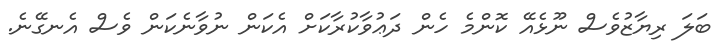
ބަލަ ރިޔާޒުވެސް ނޫޅެއޭ ކޮންމެ ހެން ދަޢުވާކުރާކަށް އެކަން ނުވާނެކަން ވެސް އެނގޭނެ.